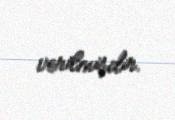
verilmişdir.